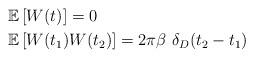
LaTeX: \begin{align*}&\mathbb{E}\left[ W(t) \right] = 0 \\&\mathbb{E}\left[ W(t_1) W(t_2)\right] = 2\pi \beta ~ \delta_D(t_2-t_1) \end{align*}